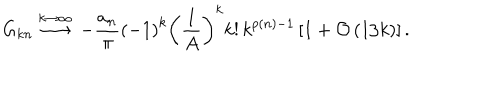
G _ { k n } \stackrel { k \rightarrow \infty } { \longrightarrow } \, - \frac { a _ { n } } { \pi } \left( - 1 \right) ^ { k } \left( \frac { 1 } { A } \right) ^ { k } k ! \, k ^ { p ( n ) - 1 } \left[ 1 + { \cal O } \left( 1 / k \right) \right] .